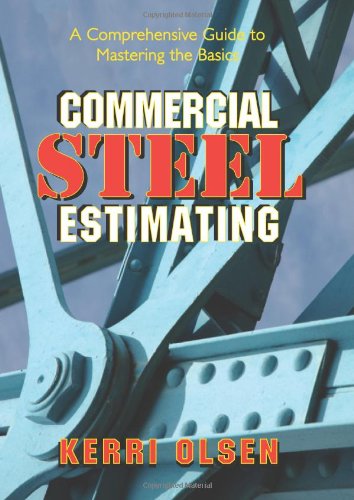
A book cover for Commercial Steel Estimating: A Comprehensive Guide to Mastering the Basics; Kerri Olsen; Science & Math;